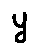
y